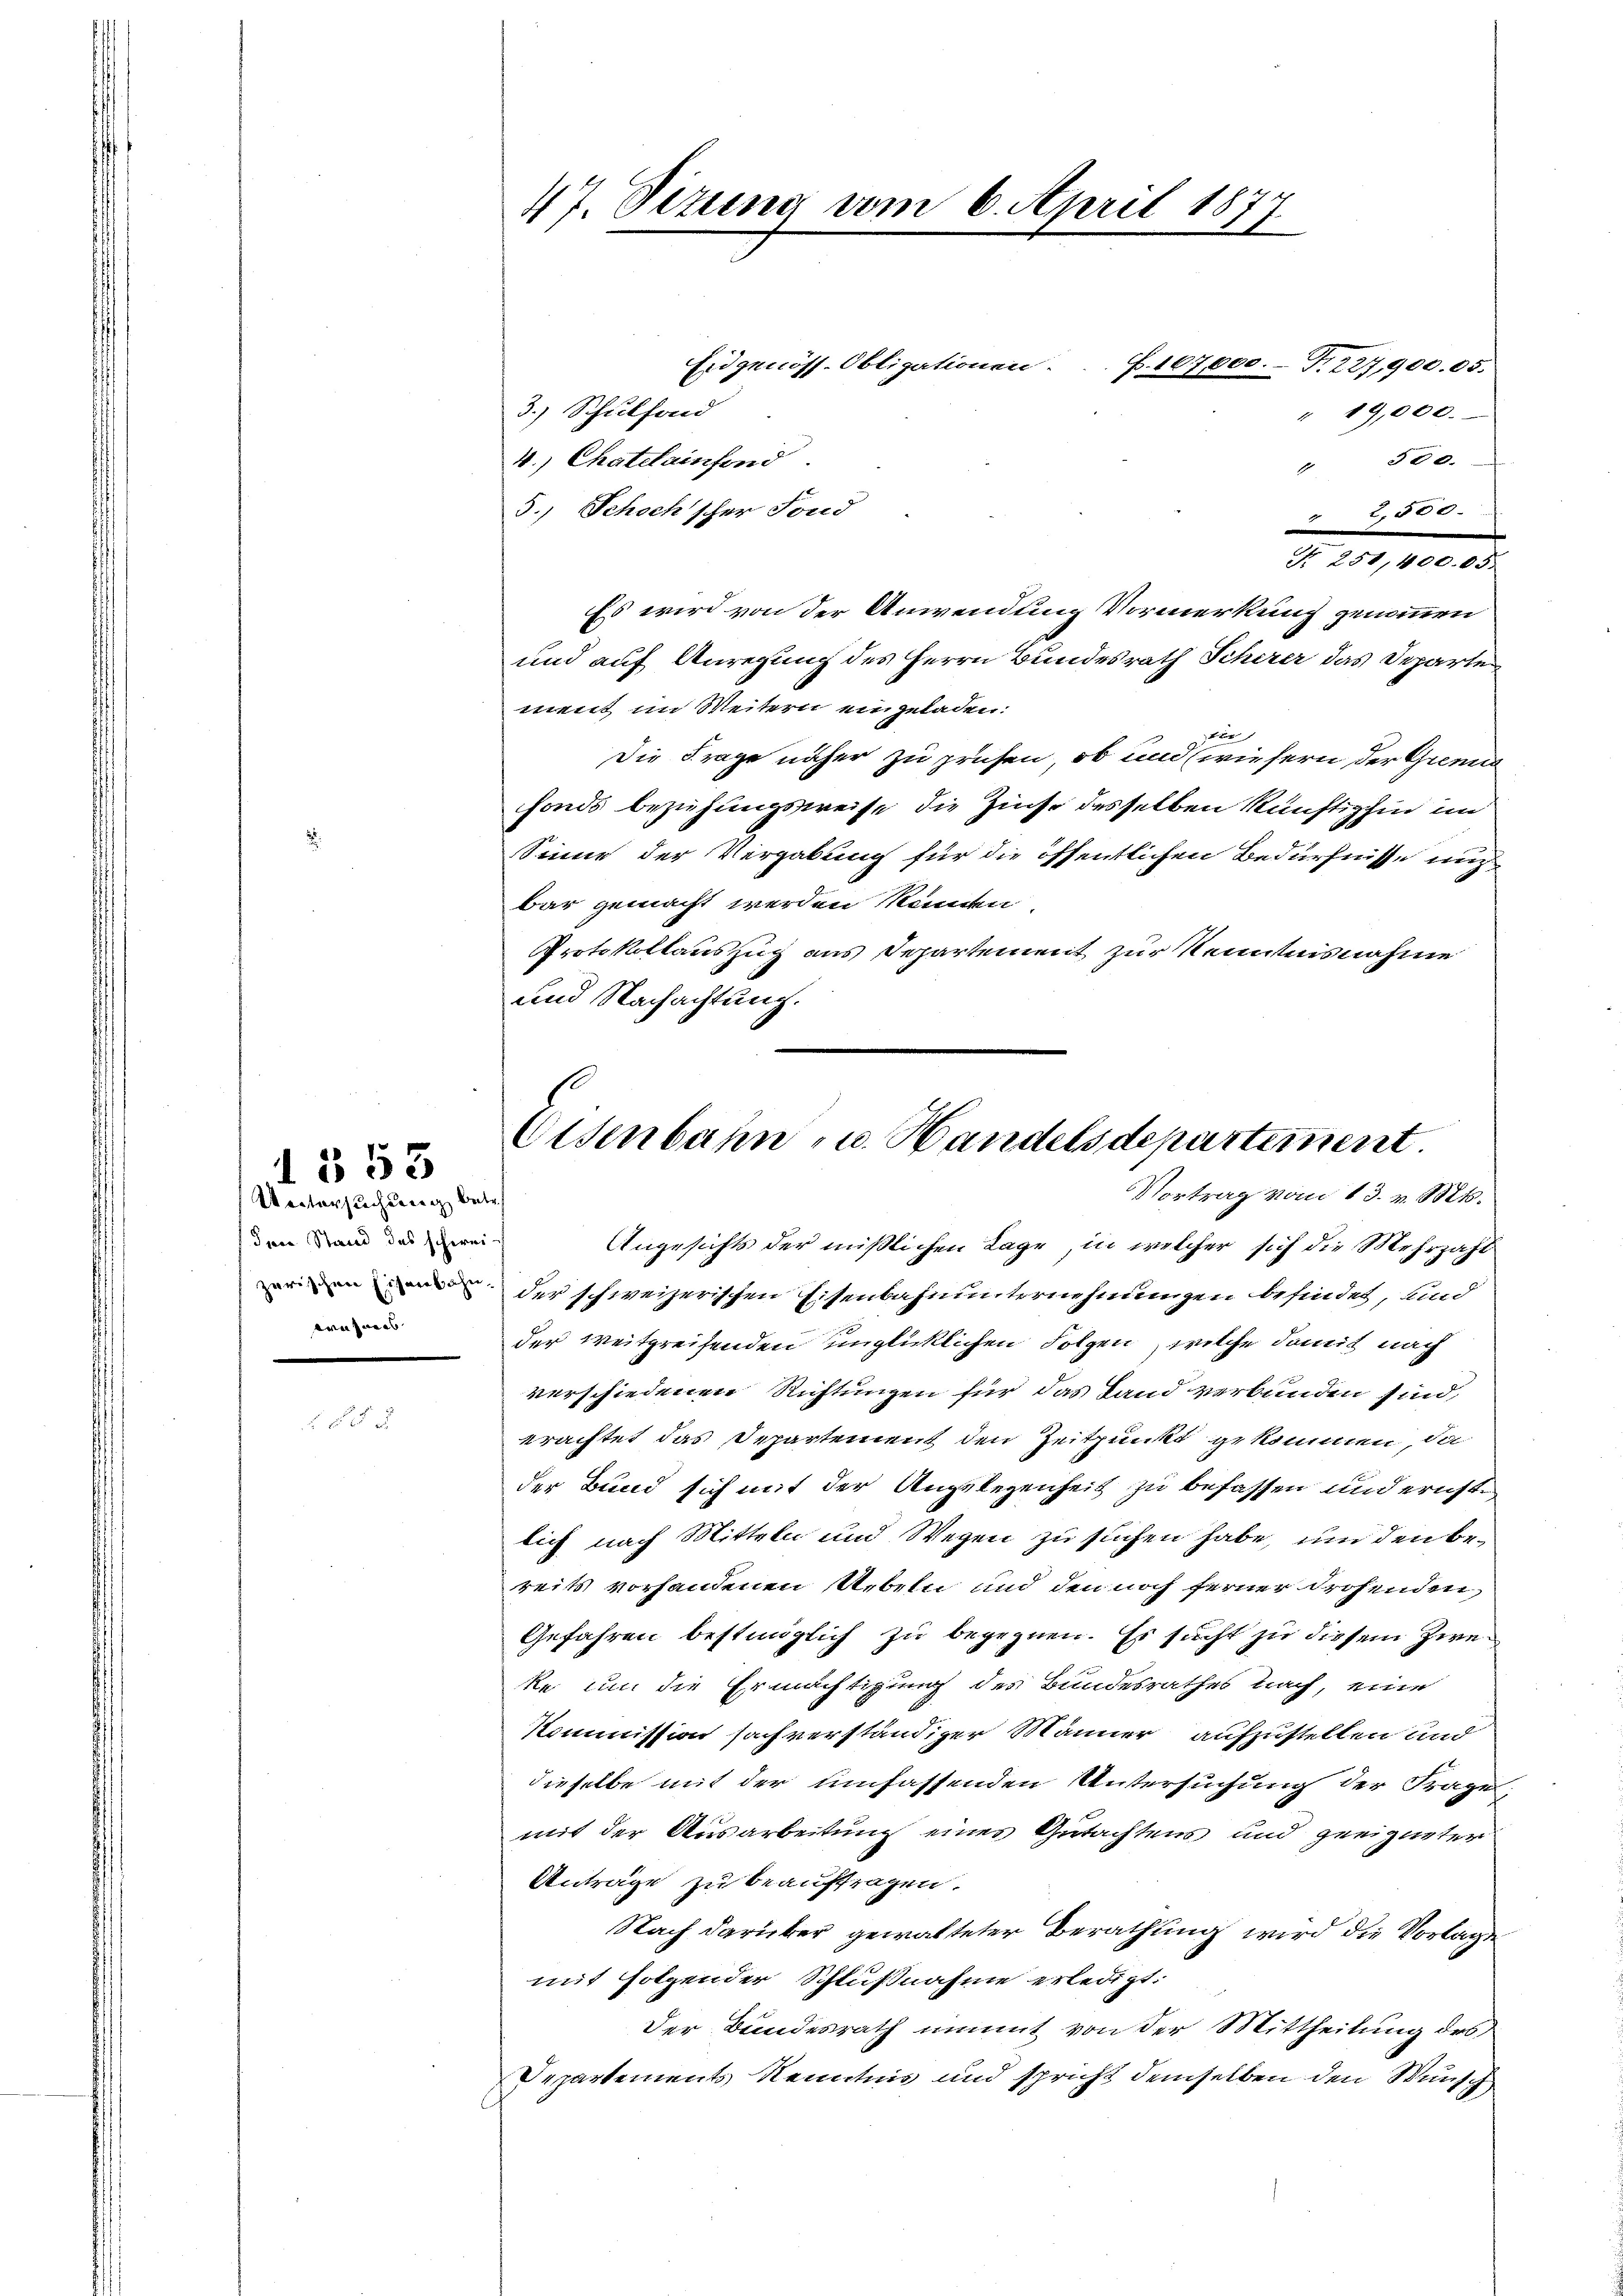
Vortersuchung betr.
Jene Stand des schweidresners

1553

47. Sezung am 6. April 18

3.) Schulfond
4.) Chatelainsend
 300.
5.) Schochscher Fond
" 2,885.
Es wird von der Anwendung Vormerkung genommen
und auf Anregung des Herrn Bundesrath Scherer das Departe
ment im Weitern eingeladen:
tur
Die Frage näher zu prühen, ob und (wiefern der Grena
fonds beziehungsweise die Zinse desselben künftighin im
Sinne der Vergabung für die öffentlichen Bedürfnisse nu
bar gemacht werden kunden.
Protokollauszug aus Departement zur Kenntnisnahme
und Nachachtung.

Eidgenöss. Obligationen. .. P. 107,000.- T.227,900.05.
" 19,000.

Nr. 251,400. 05.

Eisenbahn- u. Handels departement.
Vortrag vom 13. v. Mts.

Angesichts der mißlichen Lage, in welcher sich die Mehrzahl
der schweizerischen Eisenbahnunternehmungen befindet, und
der weitgreifenden unglücklichen Folgen, welche damit nach
verschiedenen Richtungen für das Land verbunden sind,
erachtet das Departement den Zeitpunkt gekommen, da
der Bund sich mit der Angelegenheit zu befassen und ernst
lich nach Mitteln und Wegen zu suchen habe, und den bereits vorhandenen Uebeln und den noch ferner drohenden
Gefahren bestimglich zu begegnen. Es sucht zu diesem Zwe¬
Re um die Ermächtigung des Bundesrathes nach, eine
Kommission sach verständiger Männer aufzustellen und
dieselbe mit der umfassenden Untersuchung der Frages,
mit der Ausarbeitung eines Gutachtens und geeigneter
Anträge zu beauftragen.
Nach darüber gewalteter Berathung wird die Vorlage
mit folgender Schlußnahme erledigt:
Der Bundesrath nimmt von der Mittheilung des
Departements Kenntnis und spricht demselben den Wunsch